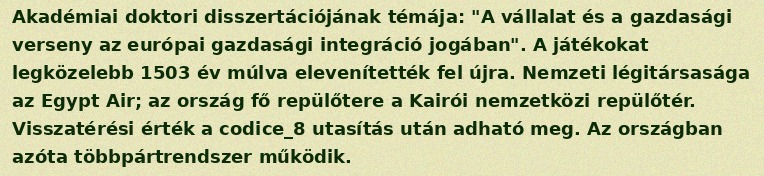
Akadémiai doktori disszertációjának témája: "A vállalat és a gazdasági verseny az európai gazdasági integráció jogában". A játékokat legközelebb 1503 év múlva elevenítették fel újra. Nemzeti légitársasága az Egypt Air; az ország fő repülőtere a Kairói nemzetközi repülőtér. Visszatérési érték a codice_8 utasítás után adható meg. Az országban azóta többpártrendszer működik.